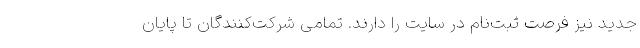
جدید نیز فرصت ثبت‌نام در سایت را دارند. تمامی شرکت‌کنندگان تا پایان